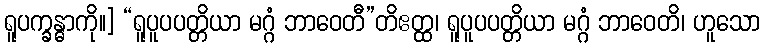
ရူပက္ခန္ဓာကို။] “ရူပူပပတ္တိယာ မဂ္ဂံ ဘာဝေတီ”တိဧတ္ထ၊ ရူပူပပတ္တိယာ မဂ္ဂံ ဘာဝေတိ၊ ဟူသော